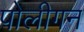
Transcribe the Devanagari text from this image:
पोलीगन